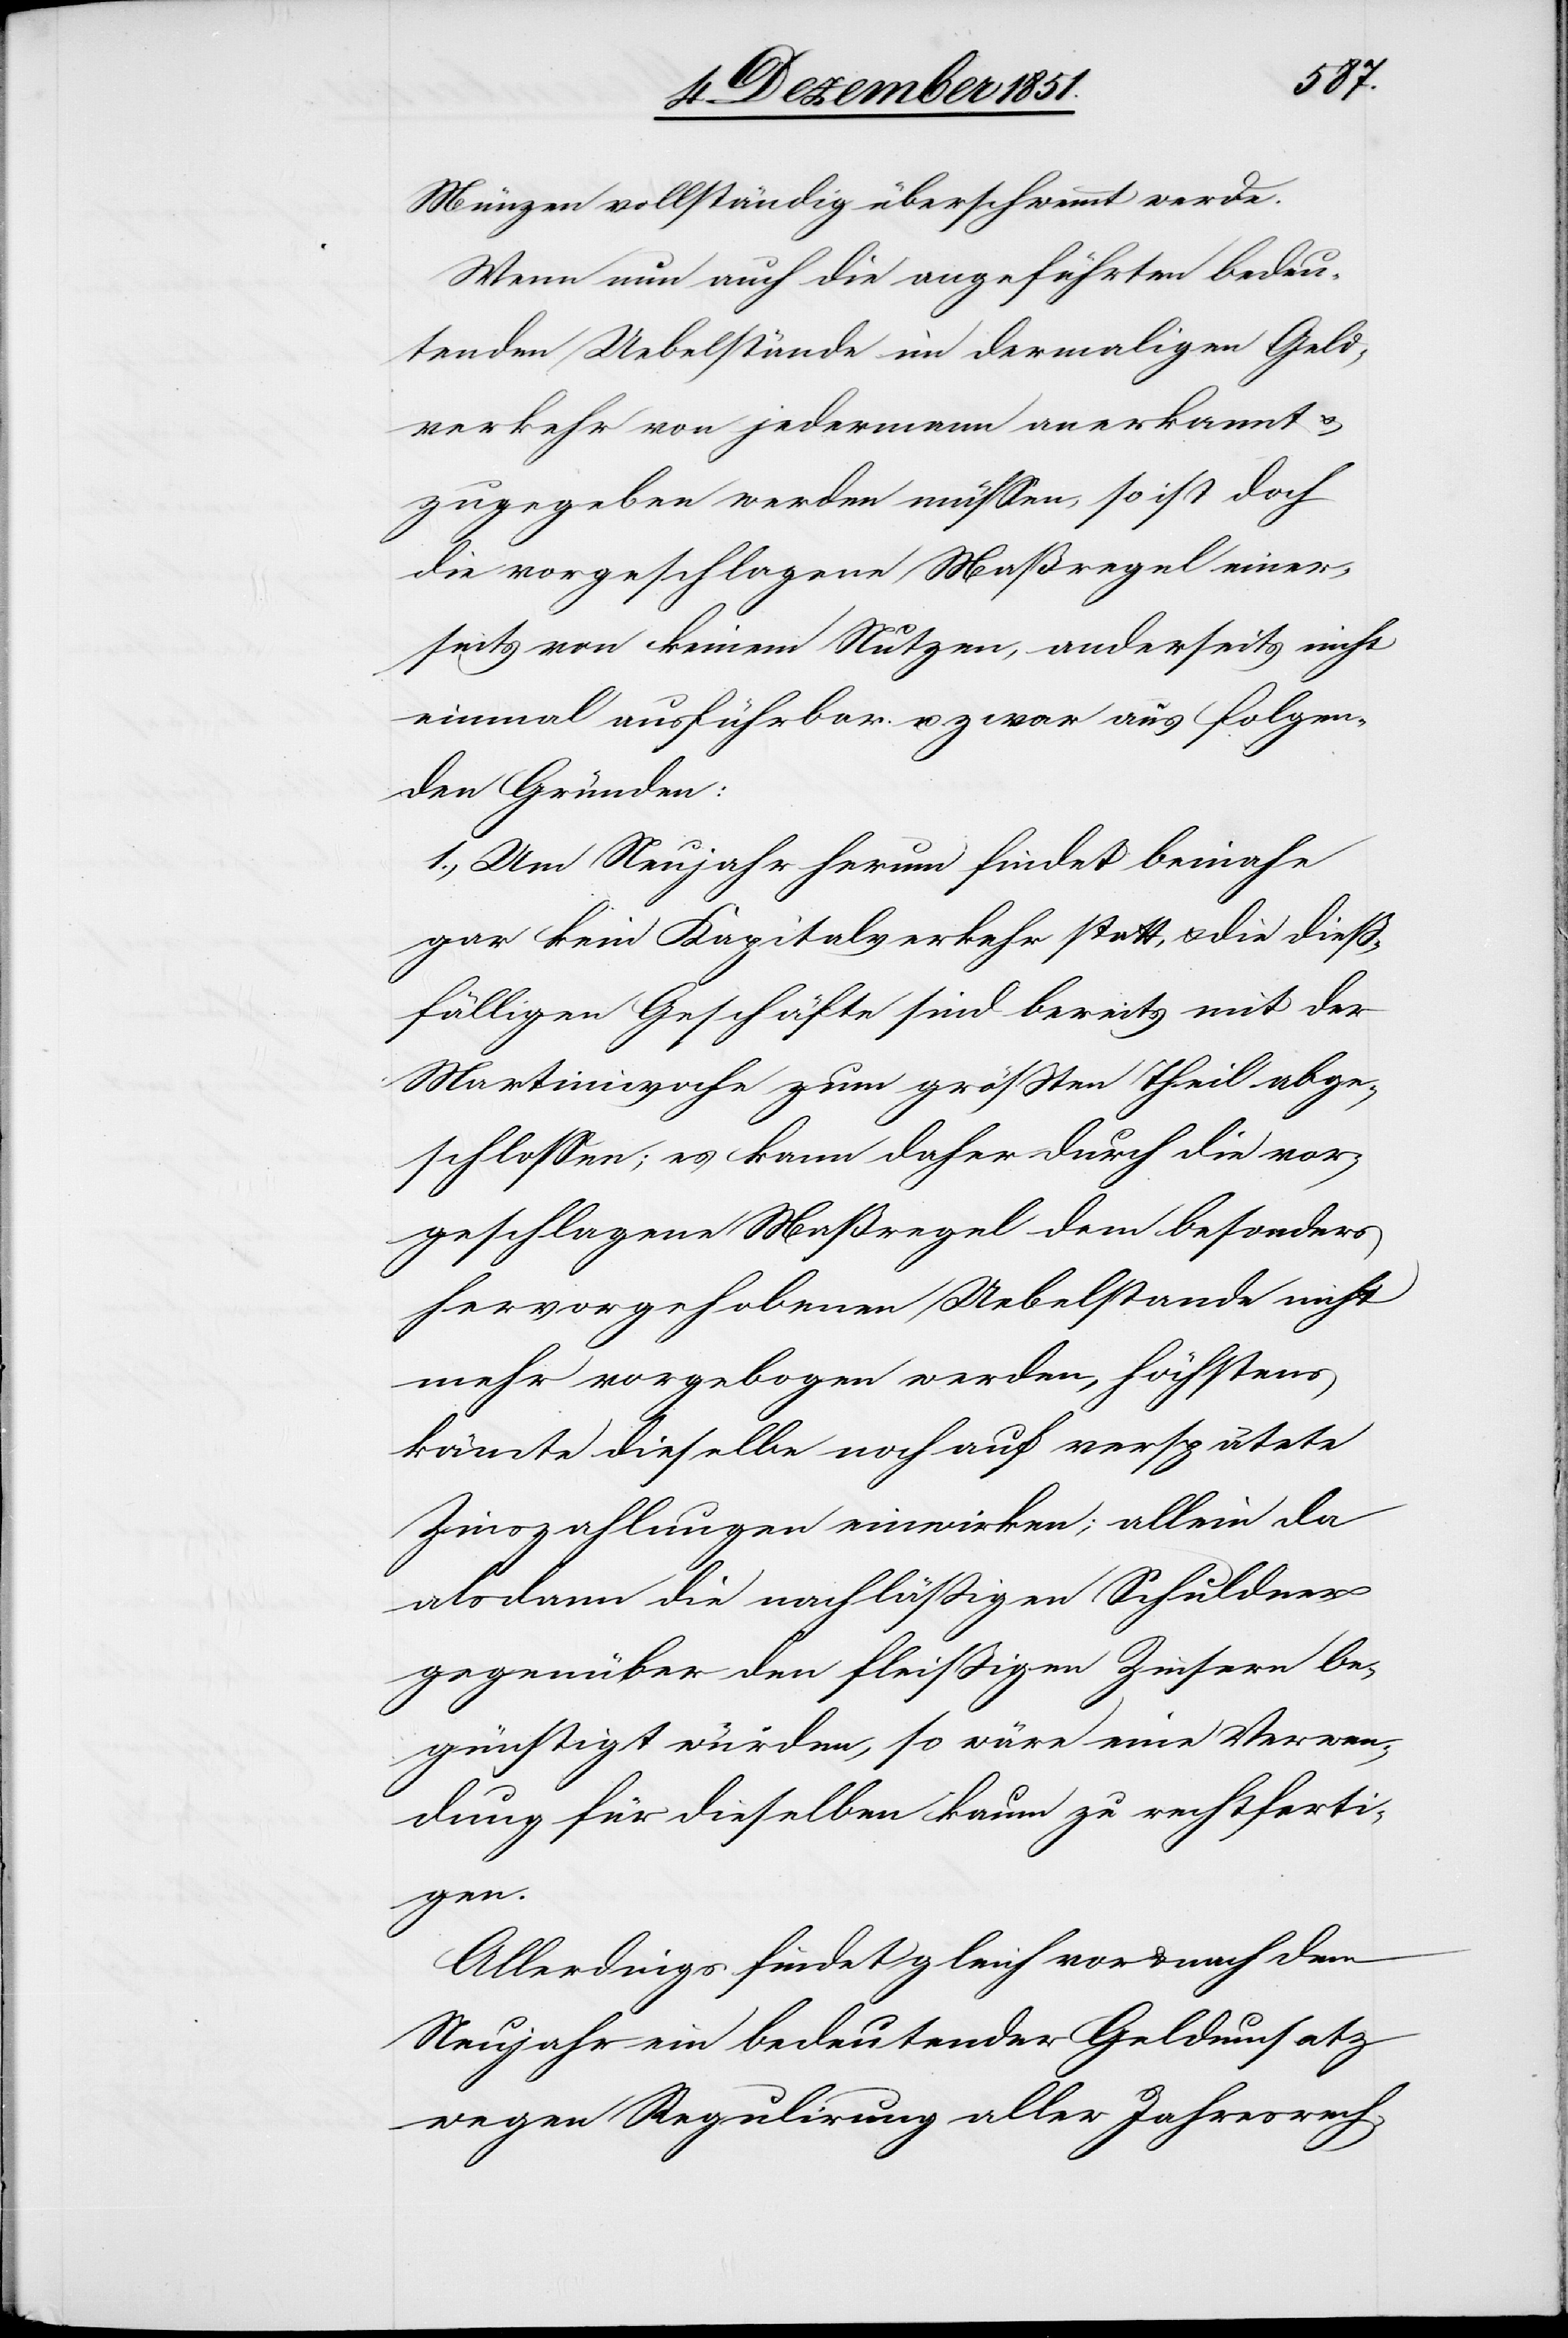
Münzen vollständig überschwemmt werde.
Wenn nun auch die angeführten bedeu¬
tenden Uebelstände im dermaligen Geld¬
verkehr von jedermann anerkannt &
zugegeben werden müssen, so ist doch
die vorgeschlagene Maßregel einer¬
seits von keinem Nutzen, anderseits nicht
einmal ausführbar u. zwar aus folgen¬
den Gründen:
1., Um Neujahr herum findet beinahe
gar kein Kapitalverkehr statt, & die dieß¬
fälligen Geschäfte sind bereits mit der
Martiniwoche zum größten Theil abge¬
schlossen; es kann daher durch die vor¬
geschlagene Maßregel dem besonders
hervorgehobenen Uebelstande nicht
mehr vorgebogen werden, höchstens
könnte dieselbe noch auf verspätete
Zinszahlungen einwirken; allein da
alsdann die nachläßigen Schuldner
gegenüber den fleißigen Zinsern be¬
günstigt würden, so wäre eine Verwen¬
dung für dieselben kaum zu rechtferti¬
gen.
Allerdings findet gleich vor & nach dem
Neujahr ein bedeutender Geldumsatz
wegen Regulirung aller Jahresrech-